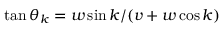
\tan \theta _ { k } = w \sin k / ( v + w \cos k )